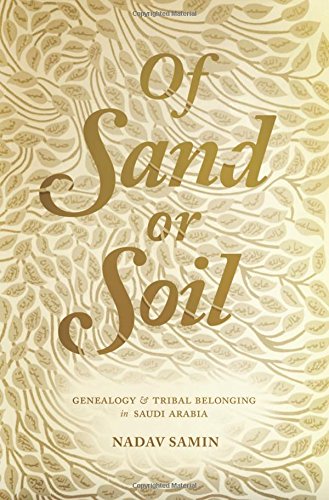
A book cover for Of Sand or Soil: Genealogy and Tribal Belonging in Saudi Arabia (Princeton Studies in Muslim Politics); Nadav Samin; History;